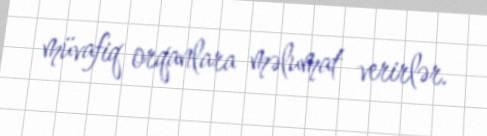
müvafiq orqanlara məlumat verirlər.